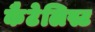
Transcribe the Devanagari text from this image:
कैटेलिस्ट